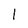
Character: l